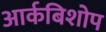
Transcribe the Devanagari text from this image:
आर्कबिशोप